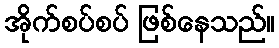
အိုက်စပ်စပ် ဖြစ်နေသည်။